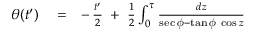
\begin{array} { r l r } { \theta ( t ^ { \prime } ) } & { { } = } & { - \, \frac { t ^ { \prime } } { 2 } \; + \; \frac { 1 } { 2 } \int _ { 0 } ^ { \tau } \frac { d z } { \sec \phi - \tan \phi \; \cos z } } \end{array}